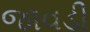
જાવડી